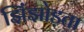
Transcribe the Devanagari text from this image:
झिंझोड़ता